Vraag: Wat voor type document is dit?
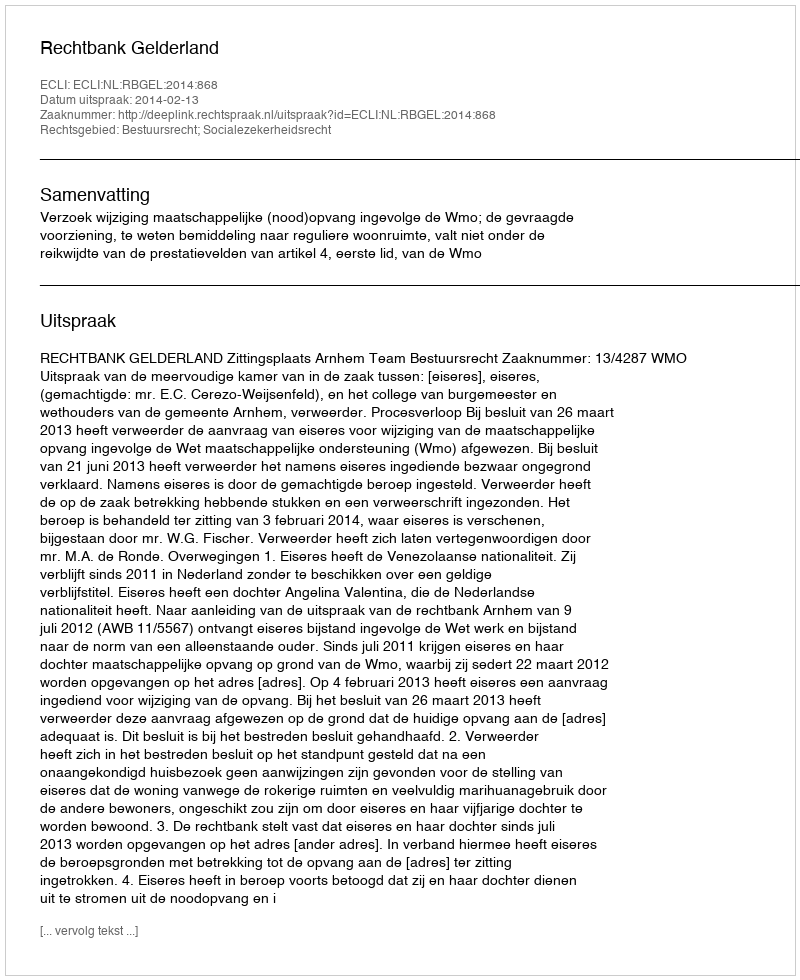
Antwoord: Uitspraak